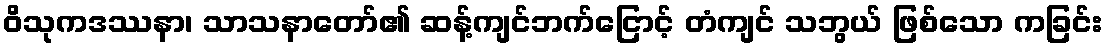
ဝိသုကဒဿနာ၊ သာသနာတော်၏ ဆန့်ကျင်ဘက်ငြောင့် တံကျင် သဘွယ် ဖြစ်သော ကခြင်း